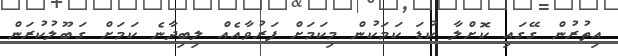
އިތުރުން ގޭގައި ކޮށްލާ ކުޑަ ކަމަކުން މިކަމަށް ފަރުވާއެއް ލިބިދާނެ ކަމަށް ގަބޫލުކުރަން